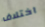
اختلاف